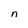
Character: n